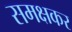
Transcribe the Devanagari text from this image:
समक्षकर